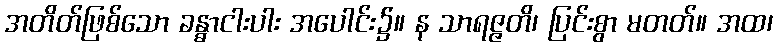
အတိတ်ဖြစ်သော ခန္ဓာငါးပါး အပေါင်း၌။ န သာရဇ္ဇတိ၊ ပြင်းစွာ မတတ်။ အထ၊